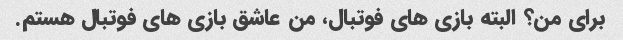
برای من؟ البته بازی های فوتبال، من عاشق بازی های فوتبال هستم.